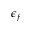
\epsilon _ { f }